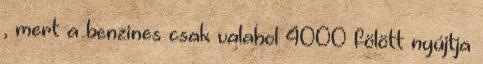
, mert a benzines csak valahol 4000 fölött nyújtja